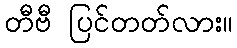
တီဗီ ပြင်တတ်လား။